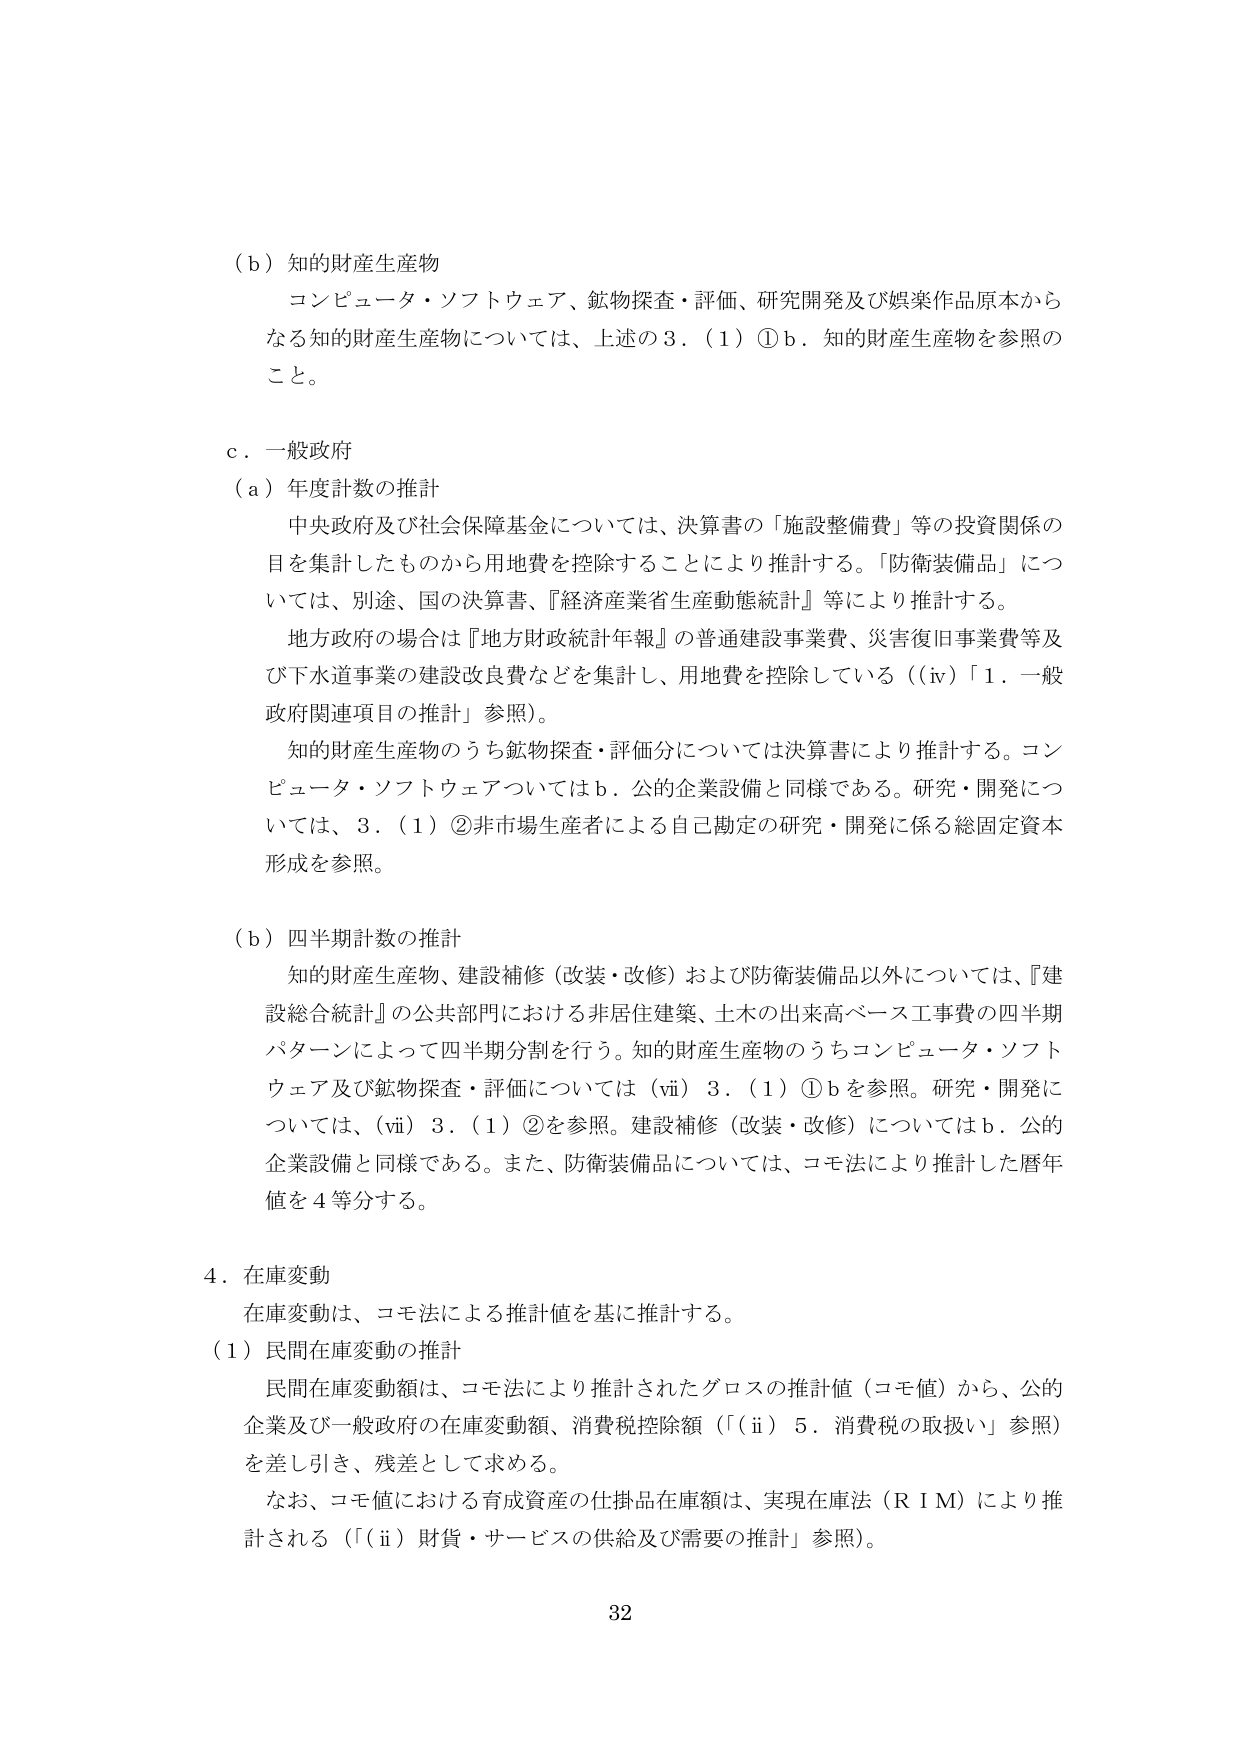
（ｂ）知的財産生産物
コンピュータ・ソフトウェア、鉱物探査・評価、研究開発及び娯楽作品原本からなる知的財産生産物については、上述の３．（１）①ｂ．知的財産生産物を参照のこと。

ｃ．一般政府
（ａ）年度計数の推計
中央政府及び社会保障基金については、決算書の「施設整備費」等の投資関係の目を集計したものから用地費を控除することにより推計する。「防衛装備品」については、別途、国の決算書、『経済産業省生産動態統計』等により推計する。
地方政府の場合は『地方財政統計年報』の普通建設事業費、災害復旧事業費等及び下水道事業の建設改良費などを集計し、用地費を控除している（（ⅳ）「１．一般政府関連項目の推計」参照）。
知的財産生産物のうち鉱物探査・評価分については決算書により推計する。コンピュータ・ソフトウェアについてはｂ．公的企業設備と同様である。研究・開発については、３．（１）②非市場生産者による自己勘定の研究・開発に係る総固定資本形成を参照。

（ｂ）四半期計数の推計
知的財産生産物、建設補修（改装・改修）および防衛装備品以外については、『建設総合統計』の公共部門における非居住建築、土木の出来高ベース工事費の四半期パターンによって四半期分割を行う。知的財産生産物のうちコンピュータ・ソフトウェア及び鉱物探査・評価については（ⅵ）３．（１）①ｂを参照。研究・開発については、（ⅵ）３．（１）②を参照。建設補修（改装・改修）についてはｂ．公的企業設備と同様である。また、防衛装備品については、コモ法により推計した暦年値を４等分する。

４．在庫変動
在庫変動は、コモ法による推計値を基に推計する。
（１）民間在庫変動の推計
民間在庫変動額は、コモ法により推計されたグロスの推計値（コモ値）から、公的企業及び一般政府の在庫変動額、消費税控除額（「（ⅱ）５．消費税の取扱い」参照）を差し引き、残差として求める。
なお、コモ値における育成資産の仕掛品在庫額は、実現在庫法（ＲＩＭ）により推計される（「（ⅱ）財貨・サービスの供給及び需要の推計」参照）。

32